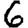
Digit: 6